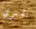
يشتري